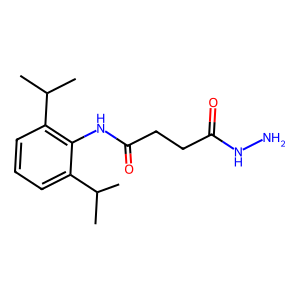
SMILES: CC(C)c1cccc(C(C)C)c1NC(=O)CCC(=O)NN
Inhibits HIV replication: No